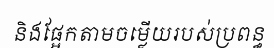
និងផ្អែកតាមចម្លើយរបស់ប្រពន្ធ